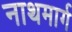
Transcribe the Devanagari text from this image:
नाथमार्ग